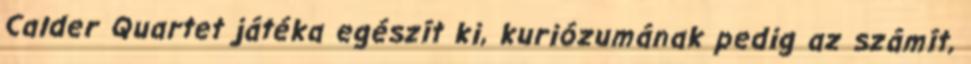
Calder Quartet játéka egészít ki, kuriózumának pedig az számít,